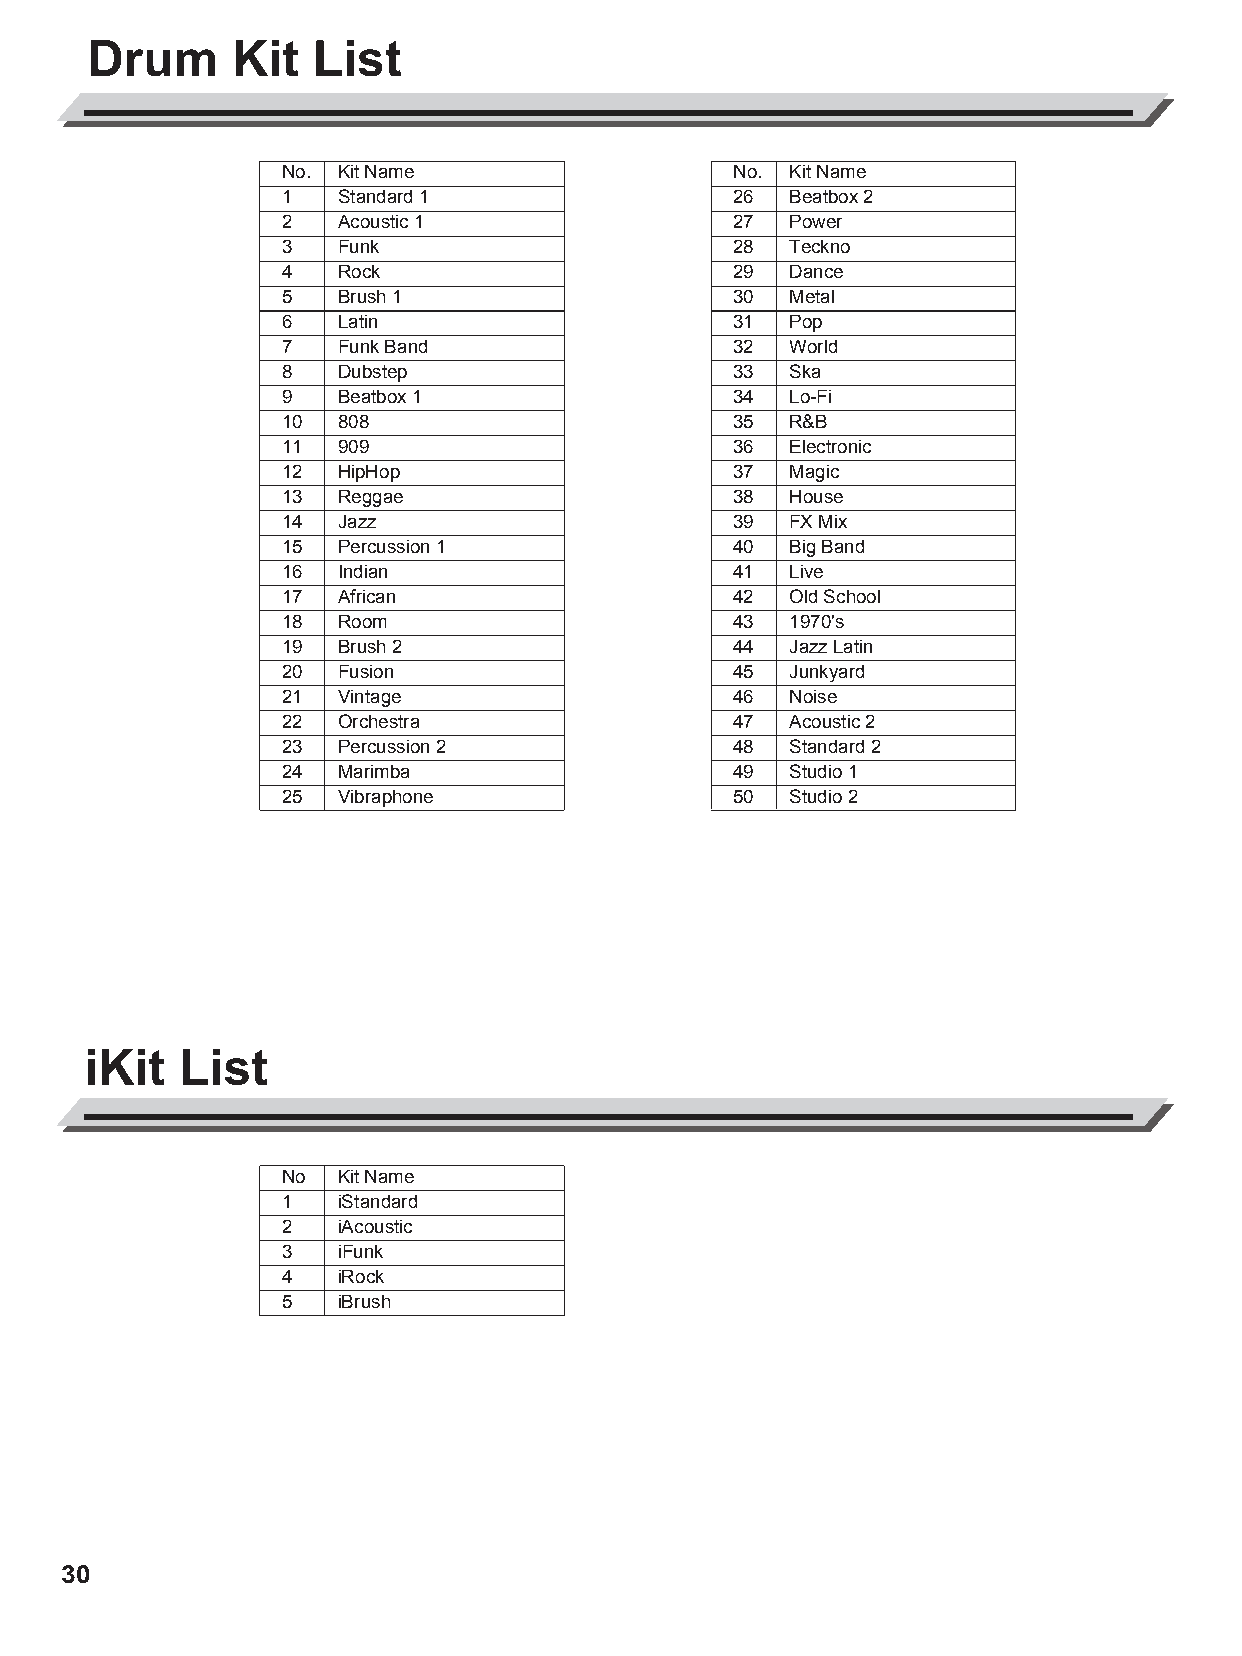
AW_DD638DX_manual_G02_180621.pdf 30 18-6-21 13:17
 Drum      Kit  List
 No. Kit Name                  No. Kit Name
 1   Standard 1                26  Beatbox 2
 2   Acoustic 1                27  Power
 3   Funk                      28  Teckno
 4   Rock                      29  Dance
 5   Brush 1                   30  Metal
 6   Latin                     31  Pop
 7   Funk Band                 32  World
 8   Dubstep                   33  Ska
 9   Beatbox 1                 34  Lo-Fi
 10  808                       35  R&B
 11  909                       36  Electronic
 12  HipHop                    37  Magic
 13  Reggae                    38  House
 14  Jazz                      39  FX Mix
 15  Percussion 1              40  Big Band
 16  Indian                    41  Live
 17  African                   42  Old School
 18  Room                      43  1970's
 19  Brush 2                   44  Jazz Latin
 20  Fusion                    45  Junkyard
 21  Vintage                   46  Noise
 C                    22  Orchestra                 47  Acoustic 2
 M                    23  Percussion 2              48  Standard 2
 24  Marimba                   49  Studio 1
 Y
 25  Vibraphone                50  Studio 2
 CM
 MY
 CY
 CMY
 K
 iKit  List
 No  Kit Name
 1   iStandard
 2   iAcoustic
 3   iFunk
 4   iRock
 5   iBrush
 30